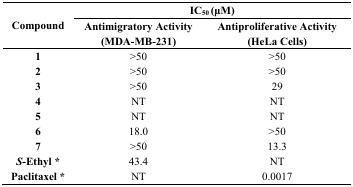
<table><thead><tr><td rowspan="2"><b>Compound</b></td><td colspan="2"><b>IC<sub>50</sub> (μM)</b></td></tr><tr><td><b>Antimigratory Activity (MDA-MB-231)</b></td><td><b>Antiproliferative Activity (HeLa Cells)</b></td></tr></thead><tbody><tr><td><b>1</b></td><td>&gt;50</td><td>&gt;50</td></tr><tr><td><b>2</b></td><td>&gt;50</td><td>&gt;50</td></tr><tr><td><b>3</b></td><td>&gt;50</td><td>29</td></tr><tr><td><b>4</b></td><td>NT</td><td>NT</td></tr><tr><td><b>5</b></td><td>NT</td><td>NT</td></tr><tr><td><b>6</b></td><td>18.0</td><td>&gt;50</td></tr><tr><td><b>7</b></td><td>&gt;50</td><td>13.3</td></tr><tr><td><b><i>S</i>-Ethyl *</b></td><td>43.4</td><td>NT</td></tr><tr><td><b>Paclitaxel *</b></td><td>NT</td><td>0.0017</td></tr></tbody></table>